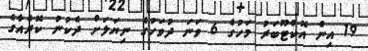
19 އިން އޮކްޓޫބަރު މަހުގެ 6 ވަނަ ދުވަހުގެ ނިޔަލަށް ދެކުނު ކޮރެއާގެ